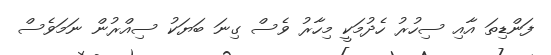
ފަންޑިތަ އާއި ސިހުރު ހެދުމަކީ މިހާރު ވެސް ގިނަ ބަޔަކު ސިއްރުން ނަމަވެސް